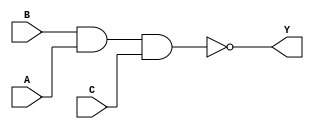
module sky130_fd_sc_hvl__nand3_1 (
    Y,
    A,
    B,
    C
);
    output Y;
    input  A;
    input  B;
    input  C;
    wire nand0_out_Y;
    nand nand0 (nand0_out_Y, B, A, C        );
    buf  buf0  (Y          , nand0_out_Y    );
endmodule